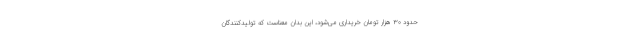
حدود ۳۰ هزار تومان خریداری می‌شود، این بدان معناست که تولیدکنندگان